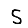
Digit: 5